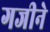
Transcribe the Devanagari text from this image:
गजीने